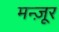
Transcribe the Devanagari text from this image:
मन्ज़ूर